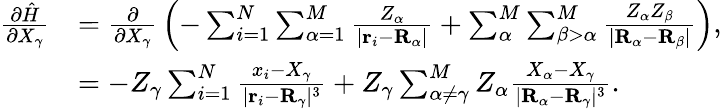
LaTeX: {\begin{array}{rl}{{\frac{\partial{\hat{H}}}{\partial X_{\gamma}}}}&{={\frac{\partial}{\partial X_{\gamma}}}\left(-\sum_{i=1}^{N}\sum_{\alpha=1}^{M}{\frac{Z_{\alpha}}{|\mathbf{r}_{i}-\mathbf{R}_{\alpha}|}}+\sum_{\alpha}^{M}\sum_{\beta>\alpha}^{M}{\frac{Z_{\alpha}Z_{\beta}}{|\mathbf{R}_{\alpha}-\mathbf{R}_{\beta}|}}\right),}\\ &{=-Z_{\gamma}\sum_{i=1}^{N}{\frac{x_{i}-X_{\gamma}}{|\mathbf{r}_{i}-\mathbf{R}_{\gamma}|^{3}}}+Z_{\gamma}\sum_{\alpha\neq\gamma}^{M}Z_{\alpha}{\frac{X_{\alpha}-X_{\gamma}}{|\mathbf{R}_{\alpha}-\mathbf{R}_{\gamma}|^{3}}}.}\end{array}}